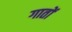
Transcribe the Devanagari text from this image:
गातों